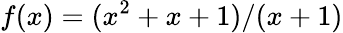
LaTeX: f(x)=(x^{2}+x+1)/(x+1)